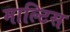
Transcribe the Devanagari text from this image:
माल्टिस